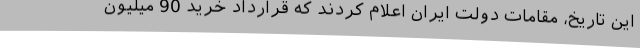
این تاریخ، مقامات دولت ایران اعلام کردند که قرارداد خرید 90 میلیون